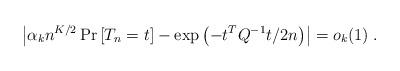
LaTeX: \begin{align*} \left| \alpha_k n^{K/2} \Pr\left[T_n = t\right] - \exp\left(-t^T Q^{-1} t / 2n \right) \right| = o_k(1) \; . \end{align*}